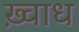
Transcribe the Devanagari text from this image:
ख़्वाध